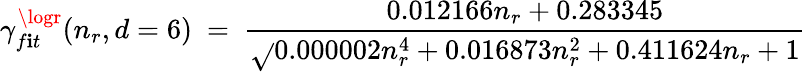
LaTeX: {\gamma_{f\mathbf{i}t}^{\logr}(n_{r},d=6)\ =\ \frac{{0.012166n_{r}+0.283345}}{{\sqrt{}{{0.000002n_{r}^{4}+0.016873n_{r}^{2}+0.411624n_{r}+1}}}}}